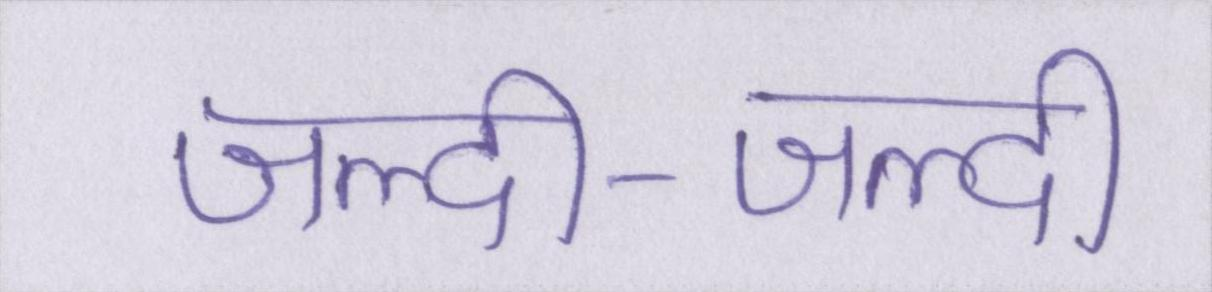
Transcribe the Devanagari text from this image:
जल्दी-जल्दी